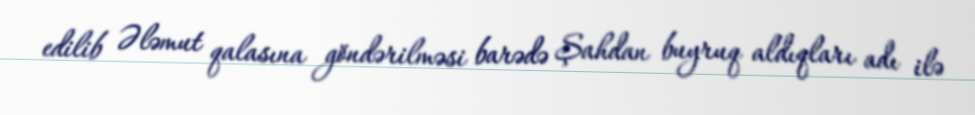
edilib Ələmut qalasına göndərilməsi barədə Şahdan buyruq aldıqları adı ilə